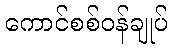
ကောင်စစ်ဝန်ချုပ်